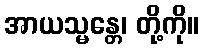
အာယသ္မန္တေ၊ တို့ကို။